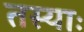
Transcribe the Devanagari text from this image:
तस्याः